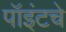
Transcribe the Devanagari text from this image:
पॉइंटचे